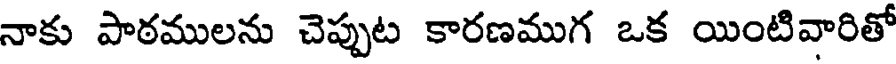
నాకు పాఠములను చెప్పుట కారణముగ ఒక యింటివారితో